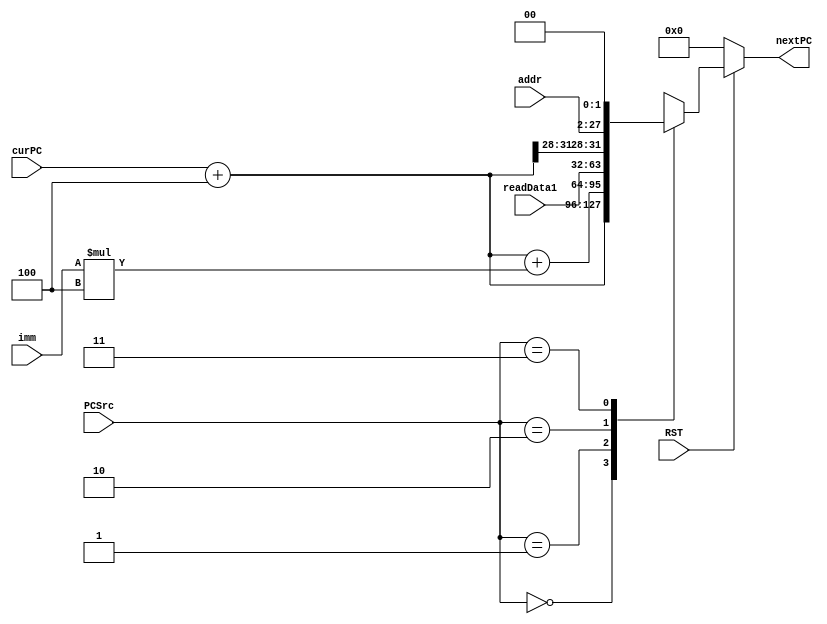
`timescale 1ns / 1ps
//////////////////////////////////////////////////////////////////////////////////
// Company: 
// Engineer: 
// 
// Design Name: 
// Module Name: PCAdder
// Project Name: 
// Target Devices: 
// Tool Versions: 
// Description: 
// 
// Dependencies: 
// 
// Revision:
// Revision 0.01 - File Created
// Additional Comments:
// 
//////////////////////////////////////////////////////////////////////////////////


module PCAdder(
    input RST,
    input [1:0] PCSrc,
    input [31:0] imm,
    input [25:0] addr,
    input [31:0] curPC,
    input [31:0] readData1,
    output reg[31:0] nextPC
    );
    
    initial begin
        nextPC = 0;
    end
    reg [31:0] tmp;
    always@(PCSrc or imm or addr or curPC or readData1) begin
        if(!RST) begin
            nextPC = 0;
        end
        else begin
            tmp = curPC + 4;
            case(PCSrc) 
                2'b00: nextPC = tmp;
                2'b01: nextPC = curPC + 4 + imm * 4;
                2'b10: nextPC = readData1;
                2'b11: nextPC = {tmp[31:28], addr, 2'b00};
            endcase
        end
    end
endmodule